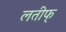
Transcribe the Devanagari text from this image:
लतीफ्